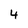
Character: 4